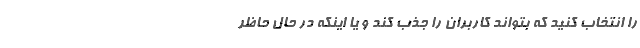
را انتخاب کنید که بتواند کاربران را جذب کند و یا اینکه در حال حاظر